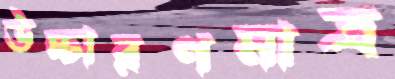
উচ্চারণমাত্র